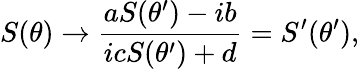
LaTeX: S(\theta)\rightarrow\frac{aS(\theta^{\prime})-ib}{icS(\theta^{\prime})+d}=S^{\prime}(\theta^{\prime}),